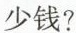
少钱?